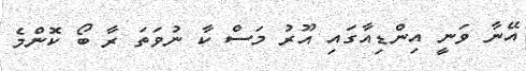
އޭނާ ވަނީ އިންޑިއާގައި އޫރު މަސް ކާ ނުވަތަ ރާ ބޯ ކޮންމެ